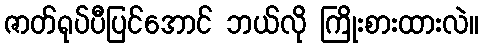
ဇာတ်ရုပ်ပီပြင်အောင် ဘယ်လို ကြိုးစားထားလဲ။